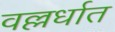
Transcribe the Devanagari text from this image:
वल्लर्धात